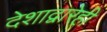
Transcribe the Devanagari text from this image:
देशाद्वारेही